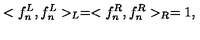
< f _ { n } ^ { L } , f _ { n } ^ { L } > _ { L } = < f _ { n } ^ { R } , f _ { n } ^ { R } > _ { R } = 1 ,